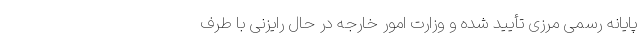
پایانه رسمی مرزی تأیید شده و وزارت امور خارجه در حال رایزنی با طرف